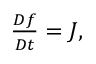
\begin{array} { r } { \frac { D f } { D t } = J , } \end{array}